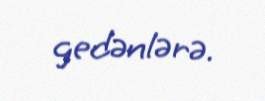
gedənlərə.